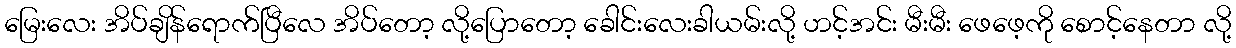
မြေးလေး အိပ်ချိန်ရောက်ပြီလေ အိပ်တော့ လို့ပြောတော့ ခေါင်းလေးခါယမ်းလို့ ဟင့်အင်း မီးမီး ဖေဖေ့ကို စောင့်နေတာ လို့